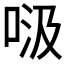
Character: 𱒹